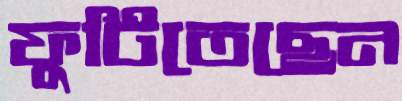
ফুটিতেছেন